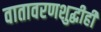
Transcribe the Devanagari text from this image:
वातावरणशुद्धीही